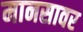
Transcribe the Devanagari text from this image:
मानसावर